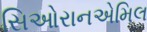
સિઓરાનએમિલ